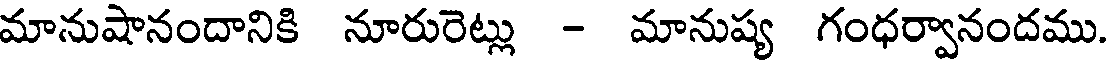
మానుషానందానికి నూరురెట్లు - మానుష్య గంధర్వానందము.